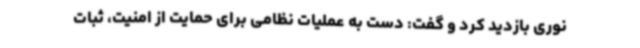
نوری بازدید کرد و گفت: دست به عملیات نظامی برای حمایت از امنیت، ثبات